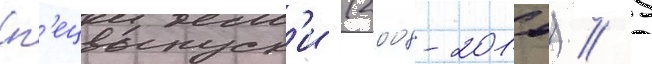
Сп'ецвыпуск'и (2008-2010) // 5